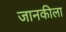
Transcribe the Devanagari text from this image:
जानकीला